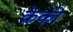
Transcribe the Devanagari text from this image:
क्रेकी